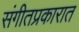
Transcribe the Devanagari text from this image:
संगीतप्रकारात